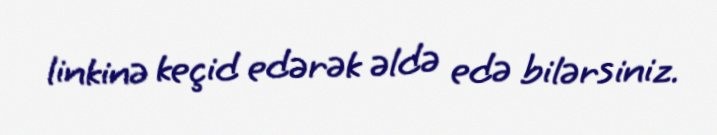
linkinə keçid edərək əldə edə bilərsiniz.